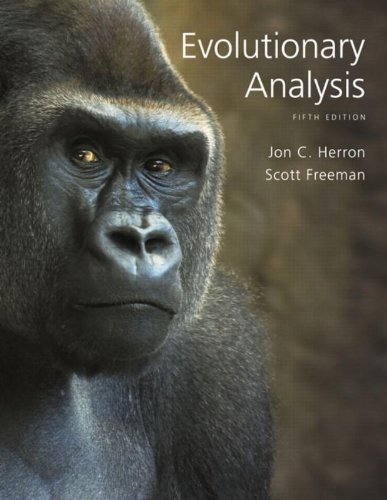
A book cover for Evolutionary Analysis (5th Edition); Jon C. Herron; Science & Math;